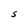
Character: S